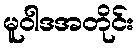
မူဝါဒအတိုင်း